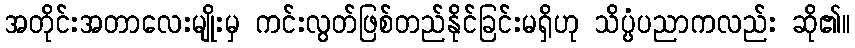
အတိုင်းအတာလေးမျိုးမှ ကင်းလွတ်ဖြစ်တည်နိုင်ခြင်းမရှိဟု သိပ္ပံပညာကလည်း ဆို၏။